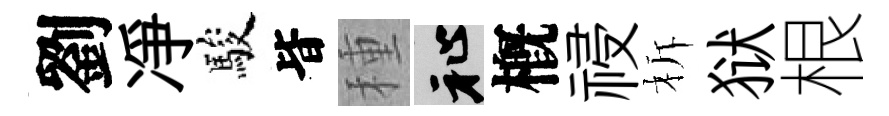
劉凈駿𣅜種祉槪祲柝狱根